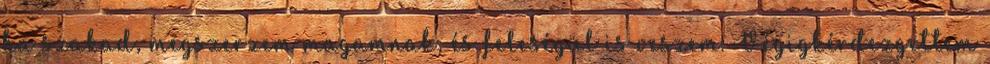
ha szakad, megszerzem magamnak, és feleségül is veszem. Végigkérdezgettem